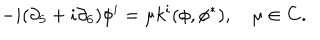
LaTeX: - i ( \partial _ { 5 } + i \partial _ { 6 } ) \phi ^ { i } = \mu k ^ { i } ( \phi , \phi ^ { * } ) , \quad \mu \in { \bf C } .